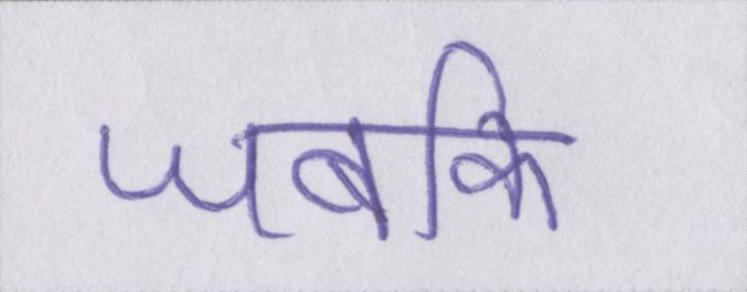
जबकि